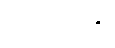
ပေကထဉှိ